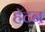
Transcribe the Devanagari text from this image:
हॅटन